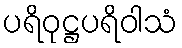
ပရိဝုဋ္ဌပရိဝါသံ